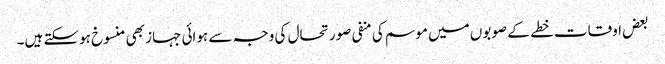
بعض اوقات خطے کے صوبوں میں موسم کی منفی صورتحال کی وجہ سے ہوائی جہاز بھی منسوخ ہوسکتے ہیں۔